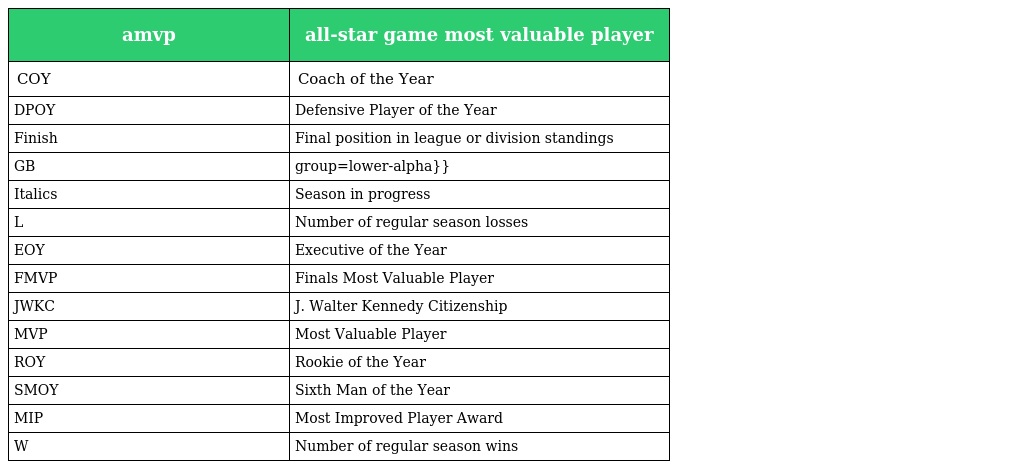
| amvp | all-star game most valuable player |
 | --- | --- |
 | COY | Coach of the Year |
 | DPOY | Defensive Player of the Year |
 | Finish | Final position in league or division standings |
 | GB | group=lower-alpha}} |
 | Italics | Season in progress |
 | L | Number of regular season losses |
 | EOY | Executive of the Year |
 | FMVP | Finals Most Valuable Player |
 | JWKC | J. Walter Kennedy Citizenship |
 | MVP | Most Valuable Player |
 | ROY | Rookie of the Year |
 | SMOY | Sixth Man of the Year |
 | MIP | Most Improved Player Award |
 | W | Number of regular season wins |